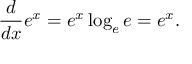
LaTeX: { \frac { d } { d x } } e ^ { x } = e ^ { x } \log _ { e } e = e ^ { x } .